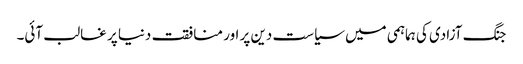
جنگ آزادی کی ہماہمی میں سیاست دین پر اور منافقت دنیا پر غالب آئی۔